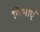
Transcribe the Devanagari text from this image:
निभाएँ